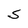
Character: S